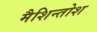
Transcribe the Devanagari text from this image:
मैशिन्तोश